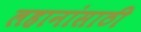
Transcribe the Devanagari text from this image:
लहानांसाठी